Indian journal of veterinary science and animal husbandry - Volumes 24-25, 1954-1955
Year: 1954
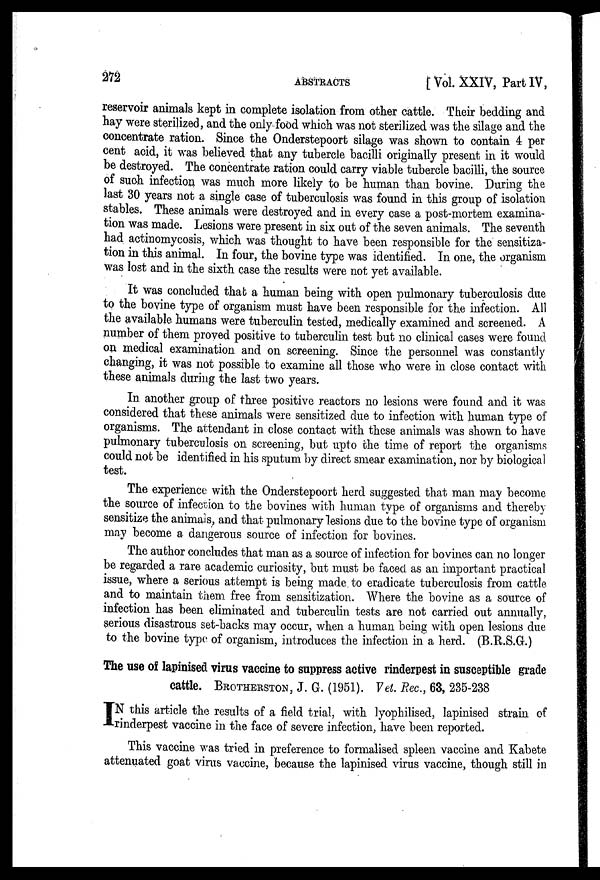
272
ABSTRACTS
[ Vol. XXIV, Part IV,
reservoir animals kept in complete isolation from other cattle. Their bedding and
hay were sterilized, and the only food which was not sterilized was the silage and the
concentrate ration. Since the Onderstepoort silage was shown to contain 4 per
cent acid, it was believed that any tubercle bacilli originally present in it would
be destroyed. The concentrate ration could carry viable tubercle bacilli, the source
of such infection was much more likely to be human than bovine. During the
last 30 years not a single case of tuberculosis was found in this group of isolation
stables. These animals were destroyed and in every case a post-mortem examina-
tion was made. Lesions were present in six out of the seven animals. The seventh
had actinomycosis, which was thought to have been responsible for the sensitiza-
tion in this animal. In four, the bovine type was identified. In one, the organism
was lost and in the sixth case the results were not yet available.
It was concluded that a human being with open pulmonary tuberculosis due
to the bovine type of organism must have been responsible for the infection. All
the available humans were tuberculin tested, medically examined and screened. A
number of them proved positive to tuberculin test but no clinical cases were found
on medical examination and on screening. Since the personnel was constantly
changing, it was not possible to examine all those who were in close contact with
these animals during the last two years.
In another group of three positive reactors no lesions were found and it was
considered that these animals were sensitized due to infection with human type of
organisms. The attendant in close contact with these animals was shown to have
pulmonary tuberculosis on screening, but upto the time of report the organisms
could not be identified in his sputum by direct smear examination, nor by biological
test.
The experience with the Onderstepoort herd suggested that man may become
the source of infection to the bovines with human type of organisms and thereby
sensitize the animals, and that pulmonary lesions due to the bovine type of organism
may become a dangerous source of infection for bovines.
The author concludes that man as a source of infection for bovines can no longer
be regarded a rare academic curiosity, but must be faced as an important practical
issue, where a serious attempt is being made to eradicate tuberculosis from cattle
and to maintain them free from sensitization. Where the bovine as a source of
infection has been eliminated and tuberculin tests are not carried out annually,
serious disastrous set-backs may occur, when a human being with open lesions due
to the bovine type of organism, introduces the infection in a herd. (B.R.S.G.)
The use of lapinised virus vaccine to suppress active rinderpest in susceptible grade
cattle. BROTHERSTON, J. G. (1951). Vet. Rec., 63, 235-238
I N this article the results of a field trial, with lyophilised, lapinised strain of
rinderpest vaccine in the face of severe infection, have been reported.
This vaccine was tried in preference to formalised spleen vaccine and Kabete
attenuated goat virus vaccine, because the lapinised virus vaccine, though still in